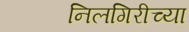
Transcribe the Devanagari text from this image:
निलगिरीच्‍या